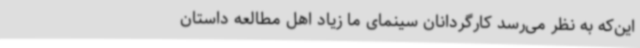
این‌که به نظر می‌رسد کارگردانان سینمای ما زیاد اهل مطالعه داستان